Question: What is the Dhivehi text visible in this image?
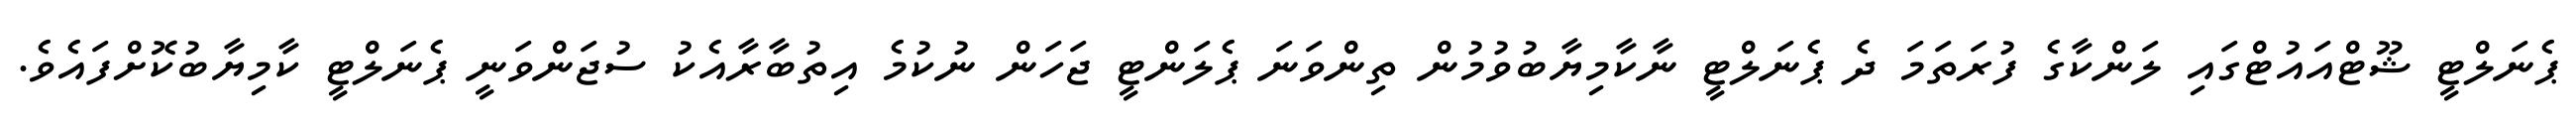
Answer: ޕެނަލްޓީ ޝޫޓްއައުޓްގައި ލަންކާގެ ފުރަތަމަ ދެ ޕެނަލްޓީ ނާކާމިޔާބުވުމުން ތިންވަނަ ޕެލަންޓީ ޖަހަން ނުކުމެ އިތުބާރާއެކު ސުޖަންވަނީ ޕެނަލްޓީ ކާމިޔާބުކޮށްފައެވެ.